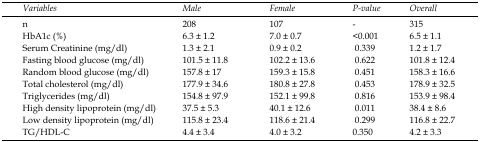
| Variables | Male | Female | P-value | Overall |
 | --- | --- | --- | --- | --- |
 | n | 208 | 107 | - | 315 |
 | HbA1c (%) | 6.3 ± 1.2 | 7.0 ± 0.7 | <0.001 | 6.5 ± 1.1 |
 | Serum Creatinine (mg/dl) | 1.3 ± 2.1 | 0.9 ± 0.2 | 0.339 | 1.2 ± 1.7 |
 | Fasting blood glucose (mg/dl) | 101.5 ± 11.8 | 102.2 ± 13.6 | 0.622 | 101.8 ± 12.4 |
 | Random blood glucose (mg/dl) | 157.8 ± 17 | 159.3 ± 15.8 | 0.451 | 158.3 ± 16.6 |
 | Total cholesterol (mg/dl) | 177.9 ± 34.6 | 180.8 ± 27.8 | 0.453 | 178.9 ± 32.5 |
 | Triglycerides (mg/dl) | 154.8 ± 97.9 | 152.1 ± 99.8 | 0.816 | 153.9 ± 98.4 |
 | High density lipoprotein (mg/dl) | 37.5 ± 5.3 | 40.1 ± 12.6 | 0.011 | 38.4 ± 8.6 |
 | Low density lipoprotein (mg/dl) | 115.8 ± 23.4 | 118.6 ± 21.4 | 0.299 | 116.8 ± 22.7 |
 | TG/HDL-C | 4.4 ± 3.4 | 4.0 ± 3.2 | 0.350 | 4.2 ± 3.3 |